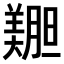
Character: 𫅝